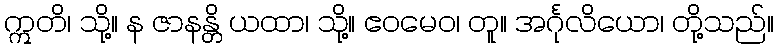
ဣတိ၊ သို့။ န ဇာနန္တိ ယထာ၊ သို့။ ဧဝမေဝ၊ တူ။ အင်္ဂုလိယော၊ တို့သည်။